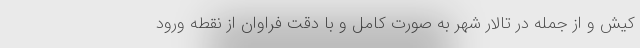
کیش و از جمله در تالار شهر به صورت کامل و با دقت فراوان از نقطه ورود